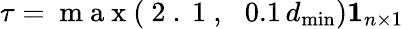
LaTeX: \tau=\mathrm{~m~a~x~(~2~.~1~,~\, ~}0.1\, d_{\mathrm{min}})\mathbf{1}_{n\times 1}\, \,